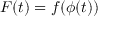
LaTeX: F ( t ) = f ( \phi ( t ) )